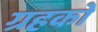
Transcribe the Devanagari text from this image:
ग्रहको